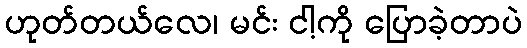
ဟုတ်တယ်လေ၊ မင်း ငါ့ကို ပြောခဲ့တာပဲ